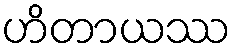
ဟိတာယဿ